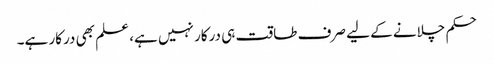
حکم چلانے کے لیے صرف طاقت ہی درکار نہیں ہے، علم بھی درکار ہے۔